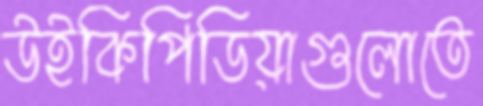
উইকিপিডিয়াগুলোতে